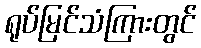
ရုပ်မြင်သံကြားတွင်